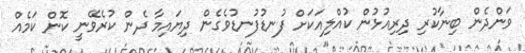
ވަންދެން ބިނާކުރި ދިރިއުޅުން ކުއްލިއަކަށް ފުނޑުފުނޑުވެގެން ދިޔައިމާ ދެން ކުރެވޭނީ ކޮން ކަމެއް